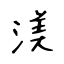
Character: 渼